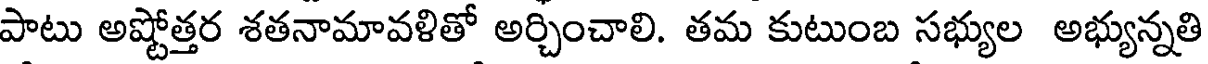
పాటు అష్టోత్తర శతనామావళితో అర్చించాలి. తమ కుటుంబ సభ్యుల అభ్యున్నతి